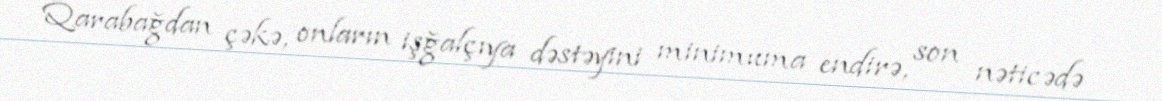
Qarabağdan çəkə, onların işğalçıya dəstəyini minimuma endirə, son nəticədə